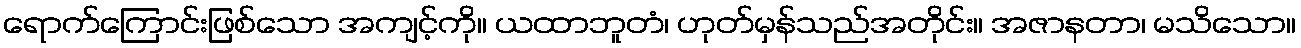
ရောက်ကြောင်းဖြစ်သော အကျင့်ကို။ ယထာဘူတံ၊ ဟုတ်မှန်သည်အတိုင်း။ အဇာနတာ၊ မသိသော။